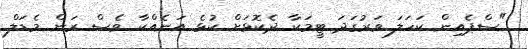
"ސްޕެއިން ކަހަލަ ވަރުގަދަ ޓީމަކާ ދެކޮޅަށް ކުޅެ އަނެއްކާ ވެސް ރަން މެޑަލް